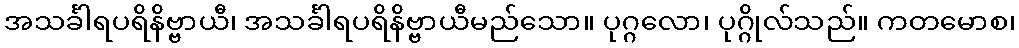
အသင်္ခါရပရိနိဗ္ဗာယီ၊ အသင်္ခါရပရိနိဗ္ဗာယီမည်သော။ ပုဂ္ဂလော၊ ပုဂ္ဂိုလ်သည်။ ကတမောစ၊